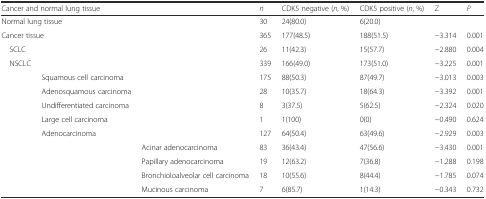
<table><thead><tr><td colspan="3"><b>Cancer and normal lung tissue</b></td><td><b><i>n</i></b></td><td><b>CDK5 negative (<i>n</i>, %)</b></td><td><b>CDK5 positive (<i>n</i>, %)</b></td><td><b>Z</b></td><td><b><i>P</i></b></td></tr></thead><tbody><tr><td colspan="3">Normal lung tissue</td><td>30</td><td>24(80.0)</td><td>6(20.0)</td><td></td><td></td></tr><tr><td colspan="3">Cancer tissue</td><td>365</td><td>177(48.5)</td><td>188(51.5)</td><td>−3.314</td><td>0.001</td></tr><tr><td> SCLC</td><td></td><td></td><td>26</td><td>11(42.3)</td><td>15(57.7)</td><td>−2.880</td><td>0.004</td></tr><tr><td> NSCLC</td><td></td><td></td><td>339</td><td>166(49.0)</td><td>173(51.0)</td><td>−3.225</td><td>0.001</td></tr><tr><td></td><td>Squamous cell carcinoma</td><td></td><td>175</td><td>88(50.3)</td><td>87(49.7)</td><td>−3.013</td><td>0.003</td></tr><tr><td></td><td>Adenosquamous carcinoma</td><td></td><td>28</td><td>10(35.7)</td><td>18(64.3)</td><td>−3.392</td><td>0.001</td></tr><tr><td></td><td>Undifferentiated carcinoma</td><td></td><td>8</td><td>3(37.5)</td><td>5(62.5)</td><td>−2.324</td><td>0.020</td></tr><tr><td></td><td>Large cell carcinoma</td><td></td><td>1</td><td>1(100)</td><td>0(0)</td><td>−0.490</td><td>0.624</td></tr><tr><td></td><td>Adenocarcinoma</td><td></td><td>127</td><td>64(50.4)</td><td>63(49.6)</td><td>−2.929</td><td>0.003</td></tr><tr><td></td><td></td><td>Acinar adenocarcinoma</td><td>83</td><td>36(43.4)</td><td>47(56.6)</td><td>−3.430</td><td>0.001</td></tr><tr><td></td><td></td><td>Papillary adenocarcinoma</td><td>19</td><td>12(63.2)</td><td>7(36.8)</td><td>−1.288</td><td>0.198</td></tr><tr><td></td><td></td><td>Bronchioloalveolar cell carcinoma</td><td>18</td><td>10(55.6)</td><td>8(44.4)</td><td>−1.785</td><td>0.074</td></tr><tr><td></td><td></td><td>Mucinous carcinoma</td><td>7</td><td>6(85.7)</td><td>1(14.3)</td><td>−0.343</td><td>0.732</td></tr></tbody></table>